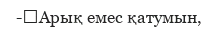
-	Арық емес қатумын,